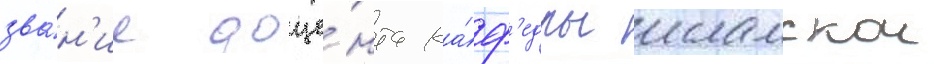
зва́н'ие доце́нта ка́ф'едры исламскои